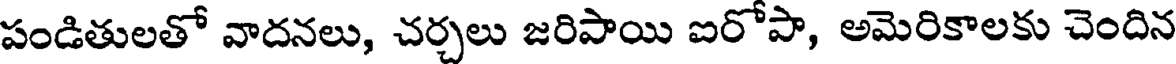
పండితులతో వాదనలు, చర్చలు జరిపాయి ఐరోపా, అమెరికాలకు చెందిన